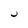
Character: u